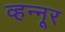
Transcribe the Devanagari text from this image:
व्हन्‍नूर